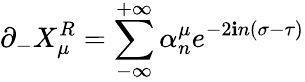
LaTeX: \partial_{-}X_{\mu}^{R}=\sum_{-\infty}^{+\infty}\alpha_{n}^{\mu}e^{-2\mathbf{i}n(\sigma-\tau)}